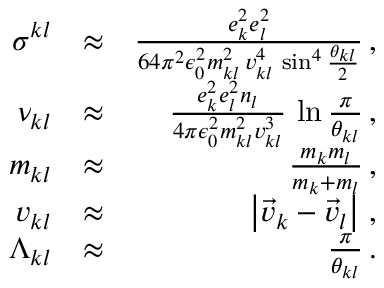
\begin{array} { r l r } { \sigma ^ { k l } } & { \approx } & { \frac { e _ { k } ^ { 2 } e _ { l } ^ { 2 } } { 6 4 \pi ^ { 2 } \epsilon _ { 0 } ^ { 2 } m _ { k l } ^ { 2 } \, v _ { k l } ^ { 4 } \, \sin ^ { 4 } \frac { \theta _ { k l } } { 2 } } \, , } \\ { \nu _ { k l } } & { \approx } & { \frac { e _ { k } ^ { 2 } e _ { l } ^ { 2 } n _ { l } } { 4 \pi \epsilon _ { 0 } ^ { 2 } m _ { k l } ^ { 2 } v _ { k l } ^ { 3 } } \, \ln \frac { \pi } { \theta _ { k l } } \, , } \\ { m _ { k l } } & { \approx } & { \frac { m _ { k } m _ { l } } { m _ { k } + m _ { l } } \, , } \\ { v _ { k l } } & { \approx } & { \left| \vec { v } _ { k } - \vec { v } _ { l } \right| \, , } \\ { \Lambda _ { k l } } & { \approx } & { \frac { \pi } { \theta _ { k l } } \, . } \end{array}